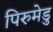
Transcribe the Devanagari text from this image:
पिरुमेडु